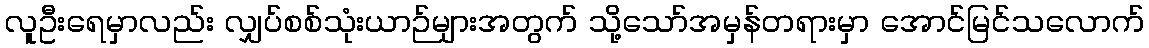
လူဦးရေမှာလည်း လျှပ်စစ်သုံးယာဉ်များအတွက် သို့သော်အမှန်တရားမှာ အောင်မြင်သလောက်